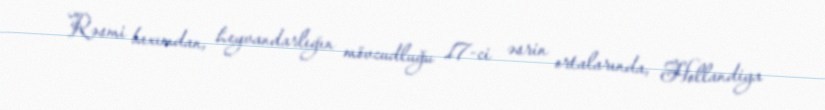
Rəsmi baxımdan, heyvandarlığın mövcudluğu 17-ci əsrin ortalarında, Hollandiya